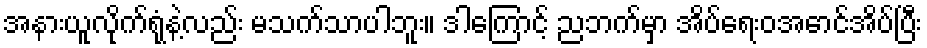
အနားယူလိုက်ရုံနဲ့လည်း မသက်သာပါဘူး။ ဒါကြောင့် ညဘက်မှာ အိပ်ရေးဝအောင်အိပ်ပြီး